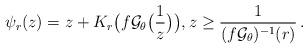
LaTeX: \begin{align*}\psi_r(z)=z+ K_r\big(f {\mathcal G}_{\theta}\big(\frac{1}{z}\big)\big),z \ge \frac{1}{(f {\mathcal G}_{\theta})^{-1}(r)}\,.\end{align*}